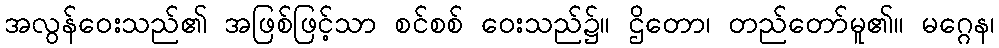
အလွန်ဝေးသည်၏ အဖြစ်ဖြင့်သာ စင်စစ် ဝေးသည်၌။ ဌိတော၊ တည်တော်မူ၏။ မဂ္ဂေန၊